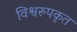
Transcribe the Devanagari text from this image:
विश्वरूपकृत